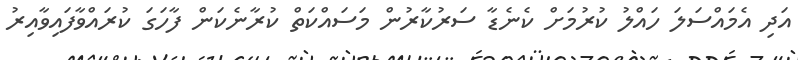
އަދި އެމައްސަލަ ހައްލު ކުރުމަށް ކެނެޑާ ސަރުކާރުން މަސައްކަތް ކުރާނެކަން ފާހަގަ ކުރައްވާފައިވާއިރު